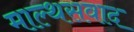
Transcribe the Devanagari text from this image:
माल्थसवाद